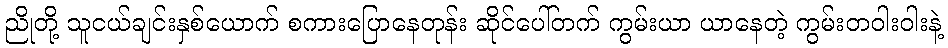
ညိုတို့ သူငယ်ချင်းနှစ်ယောက် စကားပြောနေတုန်း ဆိုင်ပေါ်တက် ကွမ်းယာ ယာနေတဲ့ ကွမ်းတဝါးဝါးနဲ့